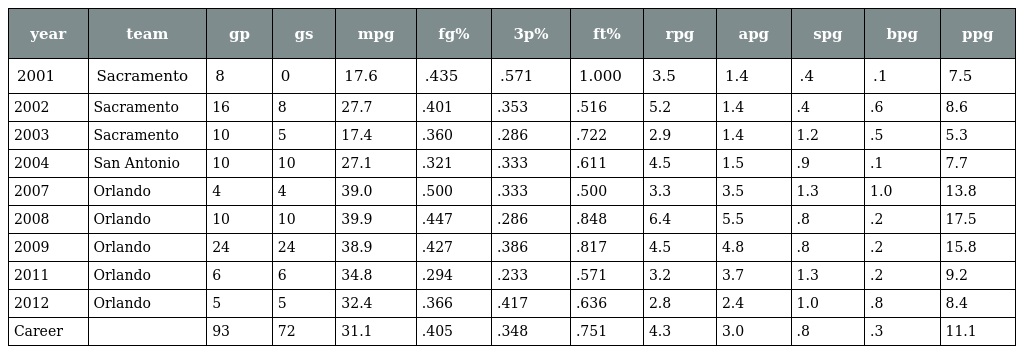
| year | team | gp | gs | mpg | fg% | 3p% | ft% | rpg | apg | spg | bpg | ppg |
 | --- | --- | --- | --- | --- | --- | --- | --- | --- | --- | --- | --- | --- |
 | 2001 | Sacramento | 8 | 0 | 17.6 | .435 | .571 | 1.000 | 3.5 | 1.4 | .4 | .1 | 7.5 |
 | 2002 | Sacramento | 16 | 8 | 27.7 | .401 | .353 | .516 | 5.2 | 1.4 | .4 | .6 | 8.6 |
 | 2003 | Sacramento | 10 | 5 | 17.4 | .360 | .286 | .722 | 2.9 | 1.4 | 1.2 | .5 | 5.3 |
 | 2004 | San Antonio | 10 | 10 | 27.1 | .321 | .333 | .611 | 4.5 | 1.5 | .9 | .1 | 7.7 |
 | 2007 | Orlando | 4 | 4 | 39.0 | .500 | .333 | .500 | 3.3 | 3.5 | 1.3 | 1.0 | 13.8 |
 | 2008 | Orlando | 10 | 10 | 39.9 | .447 | .286 | .848 | 6.4 | 5.5 | .8 | .2 | 17.5 |
 | 2009 | Orlando | 24 | 24 | 38.9 | .427 | .386 | .817 | 4.5 | 4.8 | .8 | .2 | 15.8 |
 | 2011 | Orlando | 6 | 6 | 34.8 | .294 | .233 | .571 | 3.2 | 3.7 | 1.3 | .2 | 9.2 |
 | 2012 | Orlando | 5 | 5 | 32.4 | .366 | .417 | .636 | 2.8 | 2.4 | 1.0 | .8 | 8.4 |
 | Career |  | 93 | 72 | 31.1 | .405 | .348 | .751 | 4.3 | 3.0 | .8 | .3 | 11.1 |